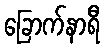
ခြောက်နာရီ